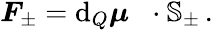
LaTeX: \begin{array}{r}{\boldsymbol{F}_{\pm}=\mathrm{d}_{Q}\boldsymbol{\mu}_{\mathrm{~\, ~}}\cdot\mathbb{S}_{\pm}\, .}\end{array}